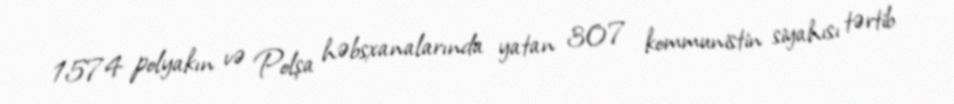
1574 polyakın və Polşa həbsxanalarında yatan 307 kommunistin siyahısı tərtib